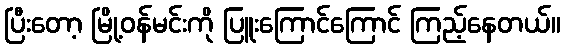
ပြီးတော့ မြို့ဝန်မင်းကို ပြူးကြောင်ကြောင် ကြည့်နေတယ်။